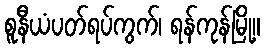
စူနီယံပတ်ရပ်ကွက်၊ ရန်ကုန်မြို့။